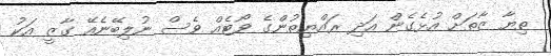
ތިޔާ ޒާތަށް އުޅެގެން އަދި ރައްޔިތުންގެ ވޯޓެއް ވެސް ނުލިބޭނެއޭ ގާޒީ އަކު